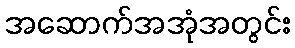
အဆောက်အအုံအတွင်း